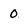
Character: 0